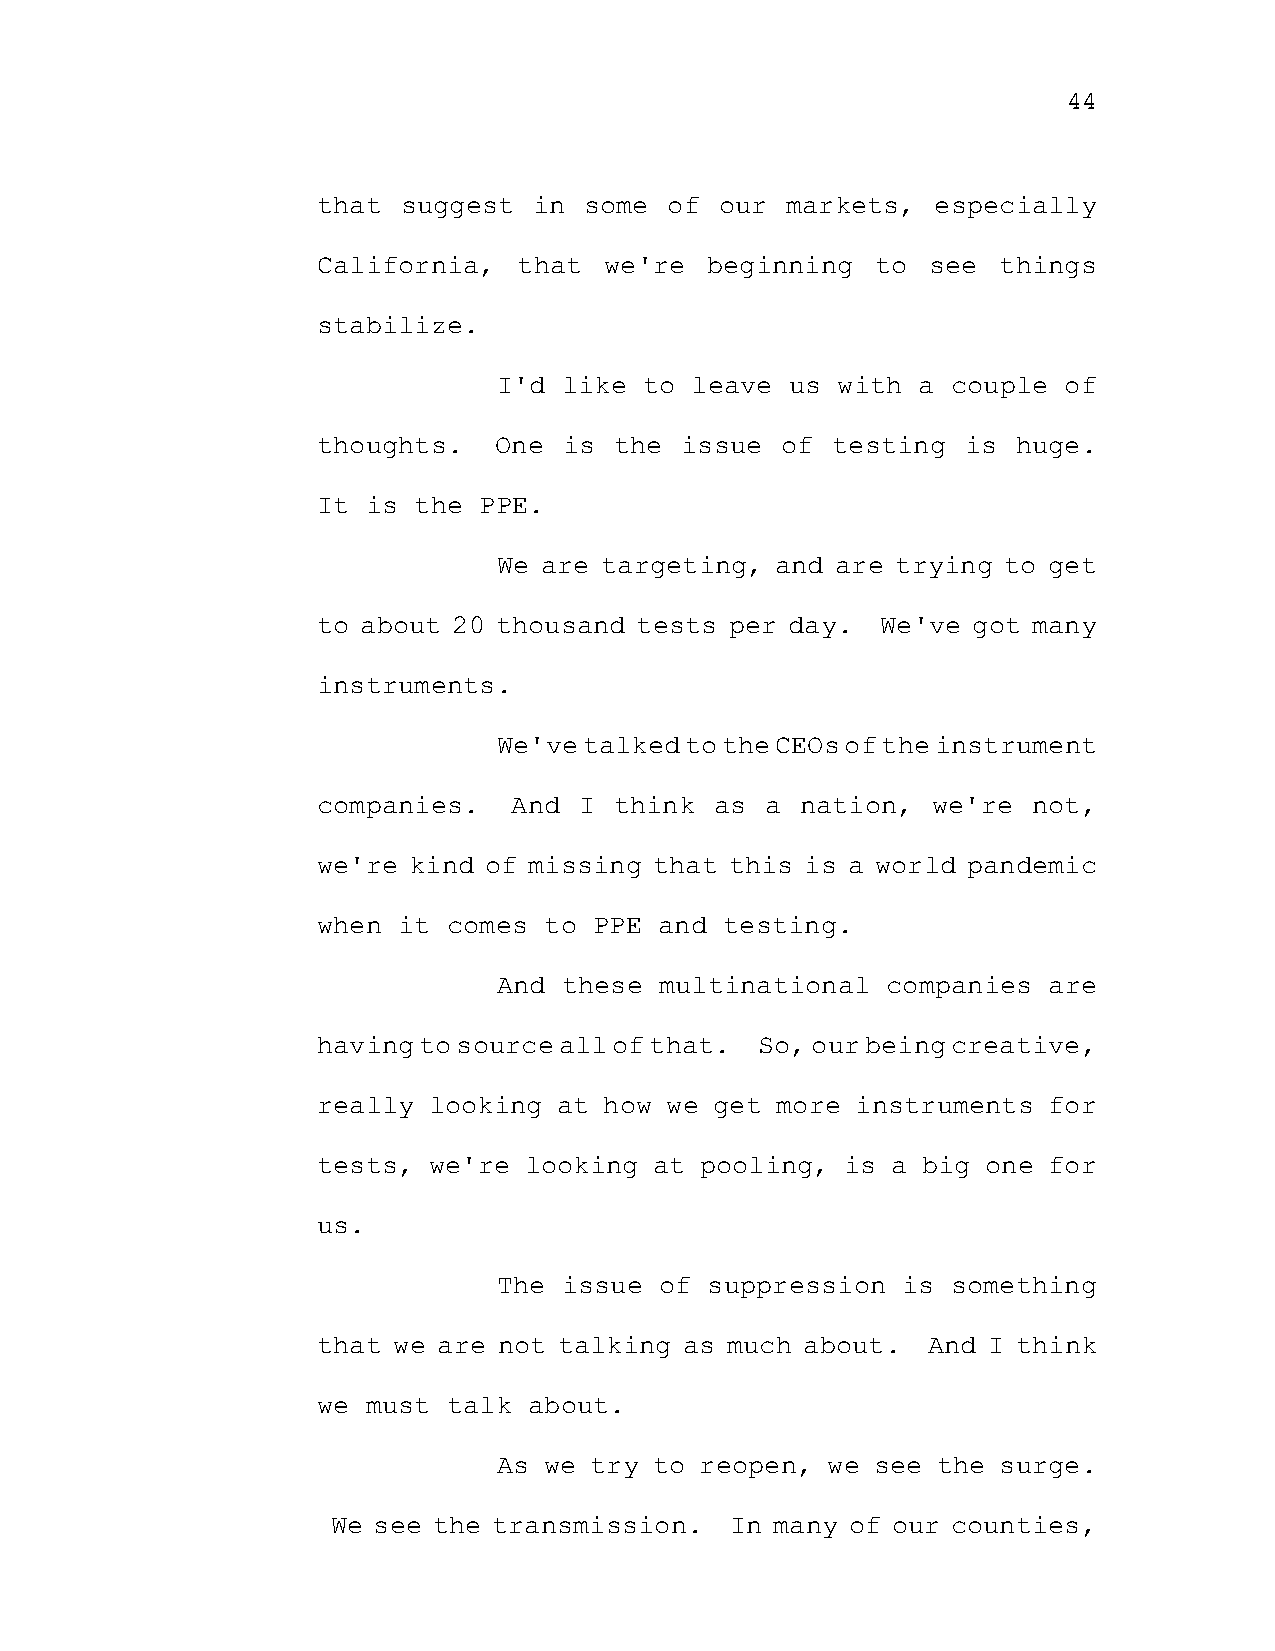
44
 that  suggest in  some of  our markets,  especially
 California,  that  we're  beginning  to  see things
 stabilize.
 I'd like  to leave us with  a couple of
 thoughts.   One is  the issue  of testing  is huge.
 It is the  PPE.
 We are targeting, and are trying to get
 to about 20 thousand tests per day.  We've got many
 instruments.
 We've talked to the CEOs of the instrument
 companies.   And I  think as  a nation,  we're not,
 we're kind of missing that this is a world pandemic
 when it  comes to PPE  and testing.
 And these  multinational  companies are
 having to source all of that. So, our being creative,
 really looking  at how we get more  instruments for
 tests, we're  looking at pooling,  is a big one for
 us.
 The issue  of suppression  is something
 that we are not talking as much about.  And I think
 we must  talk about.
 As we try to reopen,  we see the surge.
 We see the transmission.  In many of our counties,